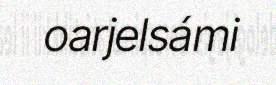
oarjelsámi